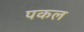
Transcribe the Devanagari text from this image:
पकल